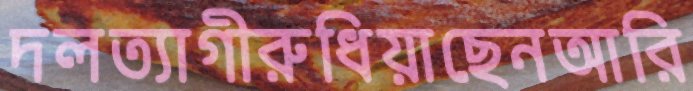
দলত্যাগীরুধিয়াছেনআরি